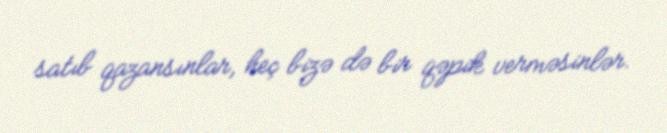
satıb qazansınlar, heç bizə də bir qəpik verməsinlər.